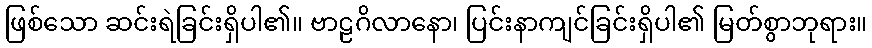
ဖြစ်သော ဆင်းရဲခြင်းရှိပါ၏။ ဗာဠဂိလာနော၊ ပြင်းနာကျင်ခြင်းရှိပါ၏ မြတ်စွာဘုရား။